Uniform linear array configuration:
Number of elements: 16
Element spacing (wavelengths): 0.5
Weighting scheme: uniform
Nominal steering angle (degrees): -45
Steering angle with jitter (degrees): -46.878
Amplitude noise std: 0.05
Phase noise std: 0.05

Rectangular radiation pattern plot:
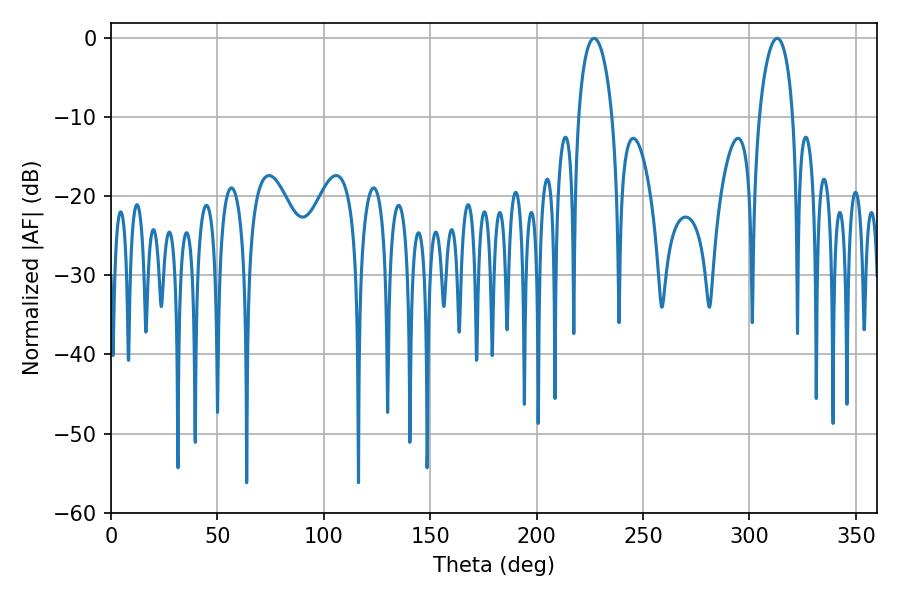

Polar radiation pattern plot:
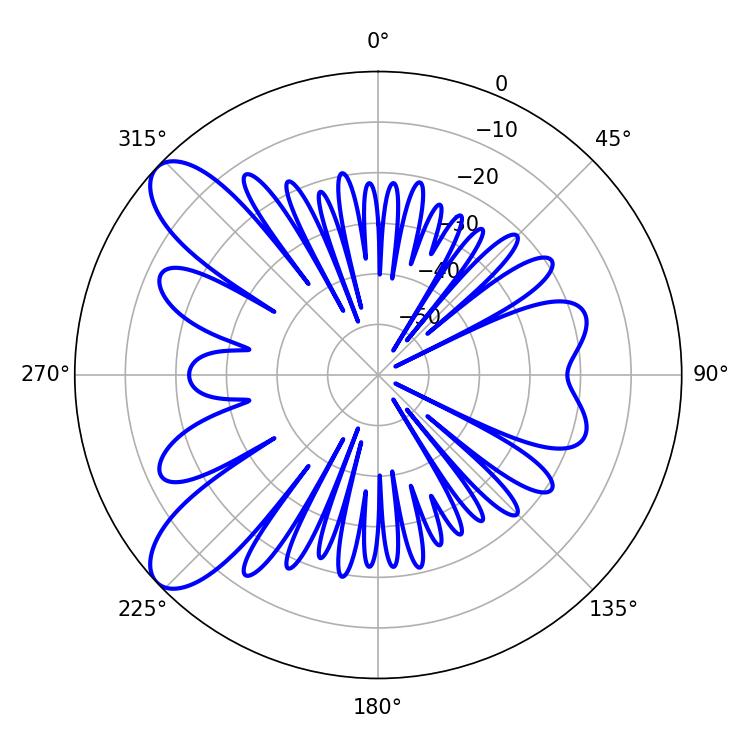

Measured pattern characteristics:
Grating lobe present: FALSE
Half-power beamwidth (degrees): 9
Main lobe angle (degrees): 226.98